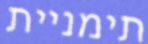
תימניית